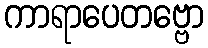
ကာရာပေတဗ္ဗော